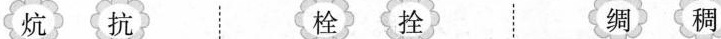
炕 抗 栓 拴 绸 稠